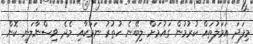
މިފަދަ އަމަލުތައް ކުރުމުން ގައުމަށް ލިބޭނެ ހުތުރު ނަމަކާއި މެދެ ވިސްނާލަނީ ކޮން